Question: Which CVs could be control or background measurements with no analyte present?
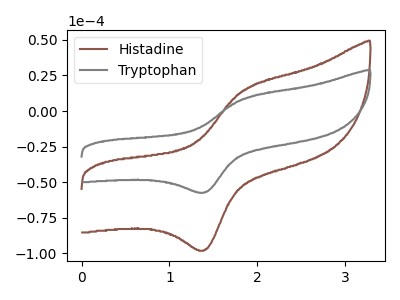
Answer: <think>The brown curve "Histadine" has an anodic peak at (1.85V, 14.50uA) and a cathodic peak at (1.40V, -97.60uA). The gray curve "Tryptophan" has an anodic peak at (1.85V, 8.50uA) and a cathodic peak at (1.40V, -57.15uA).</think>
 <answer>There are not any CV's on this graph that are likely to be blanks.</answer>
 <eval>none</eval>